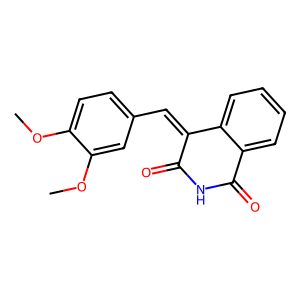
SMILES: COc1ccc(C=C2C(=O)NC(=O)c3ccccc32)cc1OC
Inhibits HIV replication: No